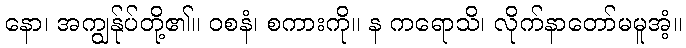
နော၊ အကျွန်ုပ်တို့၏။ ဝစနံ၊ စကားကို။ န ကရောသိ၊ လိုက်နာတော်မမူအံ့။